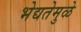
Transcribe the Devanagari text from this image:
भेद्यतेमुळे